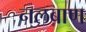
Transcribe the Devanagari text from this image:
नलबाण